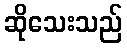
ဆိုသေးသည်